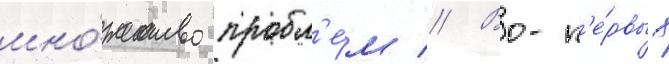
мно́жество пробл'е́м // Во-п'е́рвых